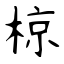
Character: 椋